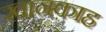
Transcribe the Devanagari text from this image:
खानक़ाह